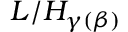
L / H _ { \gamma ( \beta ) }